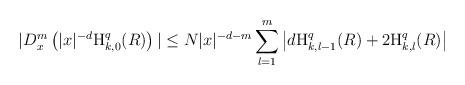
LaTeX: \begin{align*}|D_{x}^{m}\left(|x|^{-d} \textnormal{H}_{k,0}^{q}(R)\right)|\leq N|x|^{-d-m}\sum_{l=1}^{m}\left|d\textnormal{H}_{k,l-1}^{q}(R)+2\textnormal{H}_{k,l}^{q}(R)\right|\end{align*}